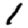
Digit: 1